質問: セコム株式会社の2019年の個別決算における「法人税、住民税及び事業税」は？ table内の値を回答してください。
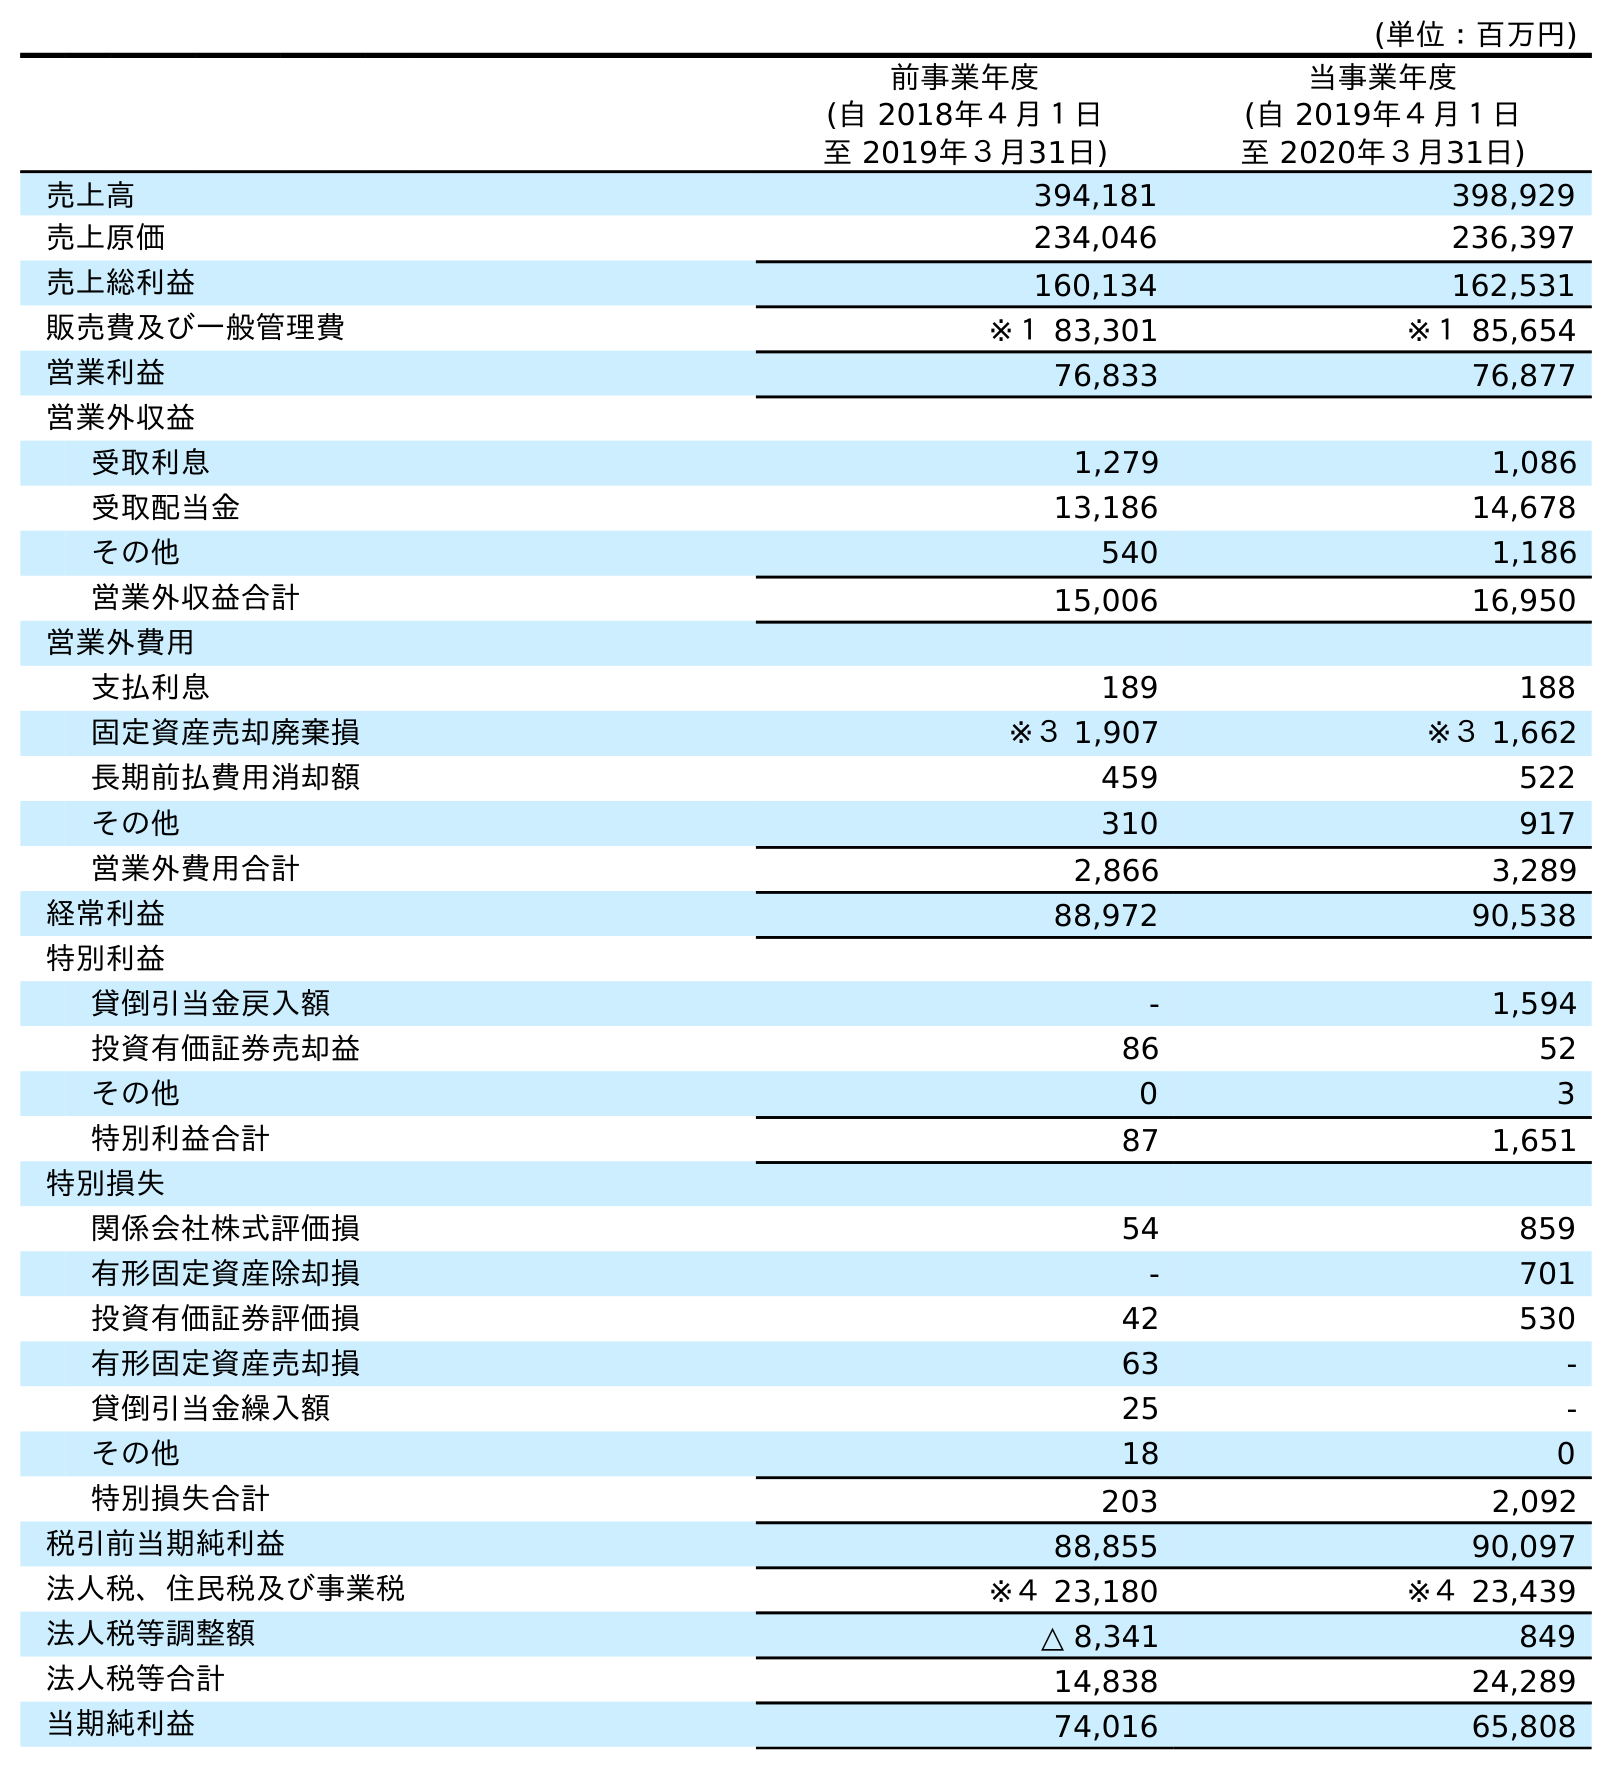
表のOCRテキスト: (単位：百万円) 前事業年度 (自 2018年４月１日 至 2019年３月31日) 当事業年度 (自 2019年４月１日 至 2020年３月31日) 売上高 394,181 398,929 売上原価 234,046 236,397 売上総利益 160,134 162,531 販売費及び一般管理費 ※１ 83,301 ※１ 85,654 営業利益 76,833 76,877 営業外収益 受取利息 1,279 1,086 受取配当金 13,186 14,678 その他 540 1,186 営業外収益合計 15,006 16,950 営業外費用 支払利息 189 188 固定資産売却廃棄損 ※３ 1,907 ※３ 1,662 長期前払費用消却額 459 522 その他 310 917 営業外費用合計 2,866 3,289 経常利益 88,972 90,538 特別利益 貸倒引当金戻入額 - 1,594 投資有価証券売却益 86 52 その他 0 3 特別利益合計 87 1,651 特別損失 関係会社株式評価損 54 859 有形固定資産除却損 - 701 投資有価証券評価損 42 530 有形固定資産売却損 63 - 貸倒引当金繰入額 25 - その他 18 0 特別損失合計 203 2,092 税引前当期純利益 88,855 90,097 法人税、住民税及び事業税 ※４ 23,180 ※４ 23,439 法人税等調整額 △ 8,341 849 法人税等合計 14,838 24,289 当期純利益 74,016 65,808
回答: ※４23,180